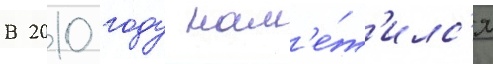
В 2010 году нам'е́т'илс'я